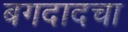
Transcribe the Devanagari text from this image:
बगदादचा